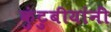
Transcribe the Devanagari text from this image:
कुंटुबीयांनी